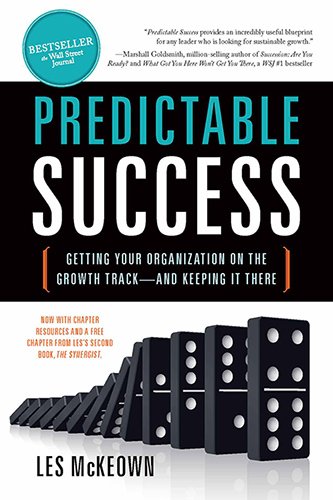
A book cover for Predictable Success: Getting Your Organization on the Growth Track--and Keeping It There; Les McKeown; Business & Money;